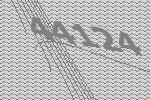
44124